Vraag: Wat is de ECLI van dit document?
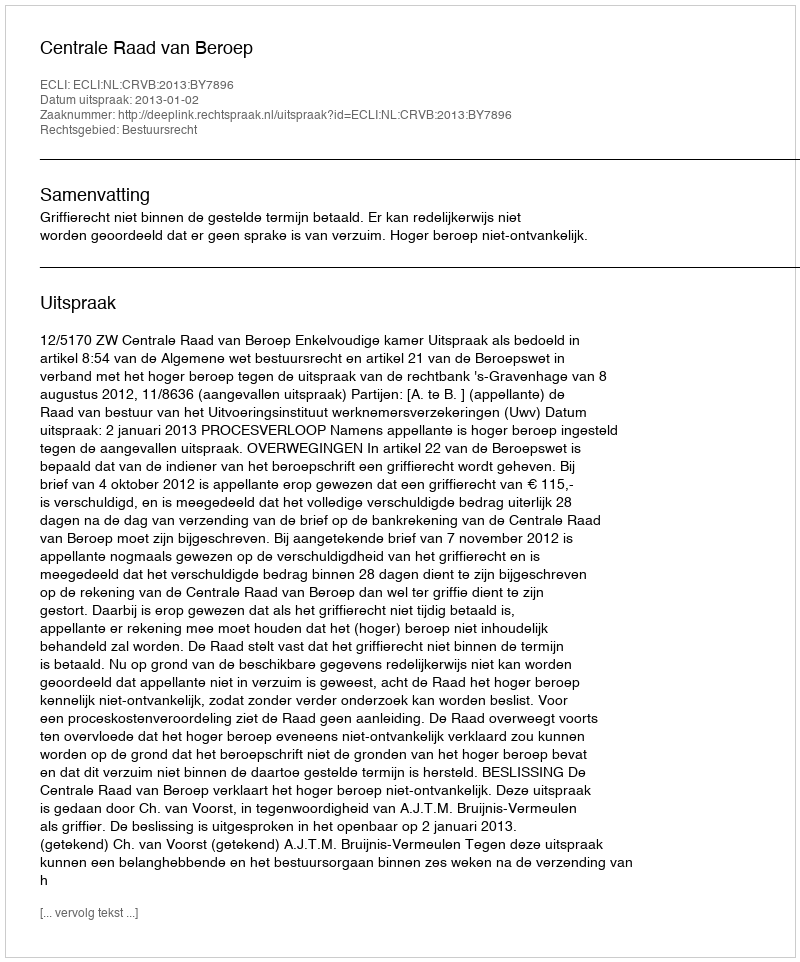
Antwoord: ECLI:NL:CRVB:2013:BY7896